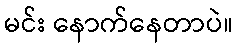
မင်း နောက်နေတာပဲ။